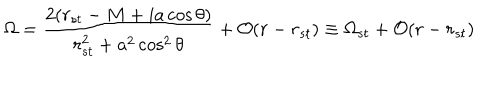
\Omega = \frac { 2 ( r _ { s t } - M + i a \cos \theta ) } { r _ { s t } ^ { 2 } + a ^ { 2 } \cos ^ { 2 } \theta } + { \cal O } ( r - r _ { s t } ) \equiv \Omega _ { s t } + { \cal O } ( r - r _ { s t } )